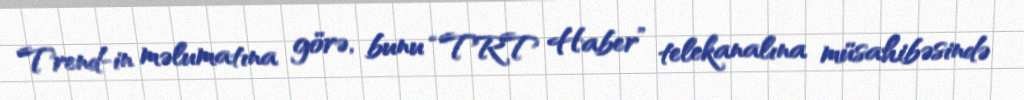
Trend-in məlumatına görə, bunu “TRT Haber” telekanalına müsahibəsində